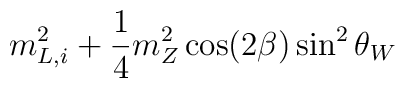
m_{L,i}^2 + \frac{1}{4} m_Z^2 \cos(2\beta) \sin^2 \theta_W